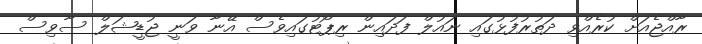
ރާއްޖެއަށް ކުރެއްވި ދަތުރުފުޅުގައި ނައުލް ފަދައިން ރިޕޯޓުގައިވެސް އޭނާ ވަނީ ޖުޑީޝަލް ސާވިސް